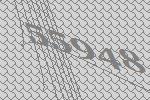
55948